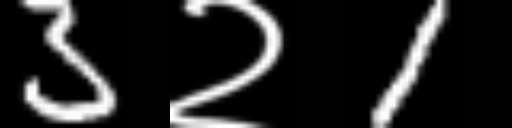
Text: 3२1